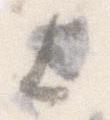
上